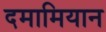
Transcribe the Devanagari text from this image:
दमामियान